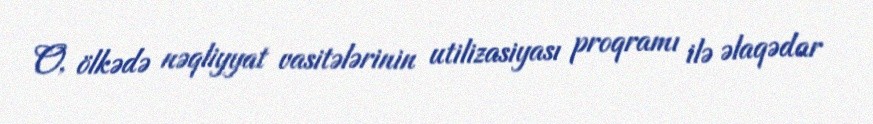
O, ölkədə nəqliyyat vasitələrinin utilizasiyası proqramı ilə əlaqədar